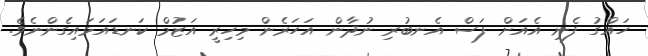
ހައްގު ފެނި އެއަށް ފަސް އެނބުރި ނުދާން އަހަރެން މިހިރީ އަޒުމް ކަނޑައަޅައިގެންނެވެ.